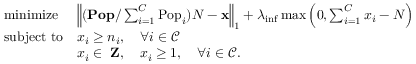
\begin{array} { l l } { \mathrm { m i n i m i z e ~ } } & { \left\| ( \mathbf { P o p } / \sum _ { i = 1 } ^ { C } \mathrm { P o p } _ { i } ) N - \mathbf { x } \right\| _ { 1 } + \lambda _ { \mathrm { i n f } } \operatorname* { m a x } \left( 0 , \sum _ { i = 1 } ^ { C } x _ { i } - N \right) } \\ { \mathrm { s u b j e c t ~ t o } } & { x _ { i } \geq n _ { i } , \quad \forall i \in \mathcal { C } } \\ & { x _ { i } \in { \mathrm { \bf ~ Z } } , \quad x _ { i } \geq 1 , \quad \forall i \in \mathcal { C } . } \end{array}